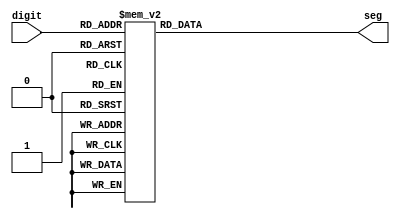
`timescale 1ns / 1ps
//////////////////////////////////////////////////////////////////////////////////
// Company: 
// Engineer: 
// 
// Design Name: 
// Module Name: seg_digit
// Project Name: 
// Target Devices: 
// Tool Versions: 
// Description: 
// 
// Dependencies: 
// 
// Revision:
// Revision 0.01 - File Created
// Additional Comments:
// 
//////////////////////////////////////////////////////////////////////////////////


module seg_digit(
    input [3:0] digit,
    output reg [6:0] seg
    );
    
    always @ (digit)
    begin
        case (digit)
            4'b0000 : seg = 7'b0000001; // 0
            4'b0001 : seg = 7'b1001111; // 1
            4'b0010 : seg = 7'b0010010; // 2
//            4'b0000 : seg = 7'b1001111; // I = Initial
//            4'b0001 : seg = 7'b1110001; // L = Locked
//            4'b0010 : seg = 7'b1000001; // U = Unlocked
            4'b0011 : seg = 7'b0000110; // 3
            4'b0100 : seg = 7'b1001100; // 4
            4'b0101 : seg = 7'b0100100; // 5
            4'b0110 : seg = 7'b0100000; // 6
            4'b0111 : seg = 7'b0001111; // 7
            4'b1000 : seg = 7'b0000000; // 8
            4'b1001 : seg = 7'b0000100; // 9
            4'b1010 : seg = 7'b0001000; // A
            4'b1011 : seg = 7'b1100000; // B
            4'b1100 : seg = 7'b0110001; // C
            4'b1101 : seg = 7'b1000010; // D
            4'b1110 : seg = 7'b0110000; // E
            4'b1111 : seg = 7'b0111000; // F
            default: seg = 7'b1111111;
        endcase
    end
    
endmodule